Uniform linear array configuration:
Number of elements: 64
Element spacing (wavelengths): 0.5
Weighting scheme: cosine
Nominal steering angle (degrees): -15
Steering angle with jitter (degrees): -13.59
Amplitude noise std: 0.05
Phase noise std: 0.05

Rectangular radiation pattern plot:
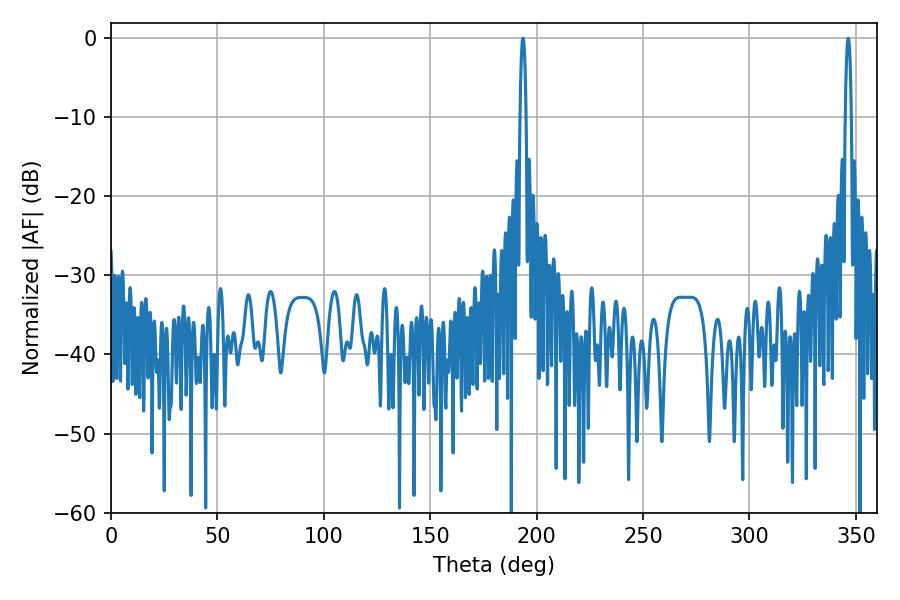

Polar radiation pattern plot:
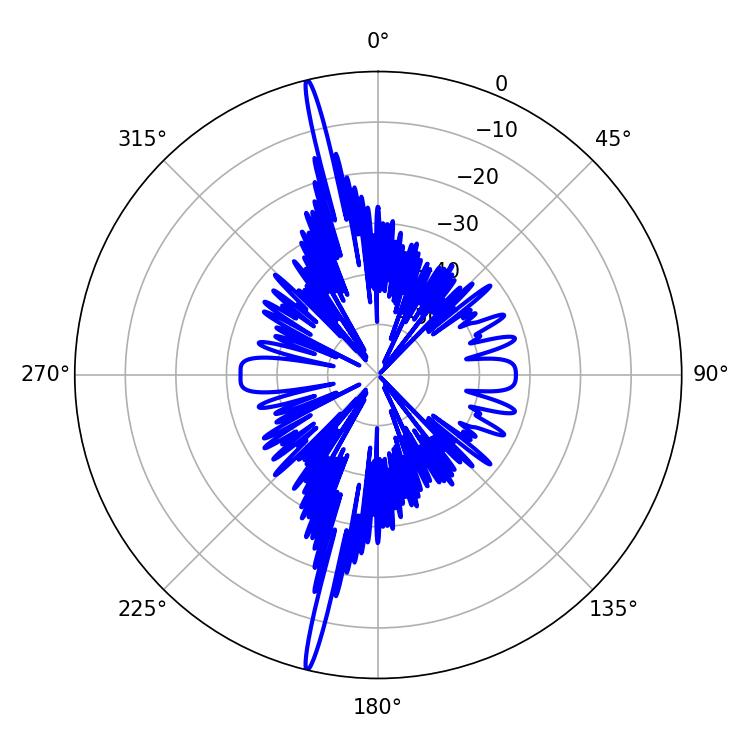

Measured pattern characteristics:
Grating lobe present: FALSE
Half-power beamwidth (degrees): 1.62
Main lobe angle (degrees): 193.5